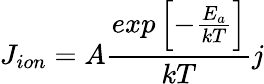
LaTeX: J_{ion}=A\frac{exp\left[-\frac{E_{a}}{kT}\right]}{kT}j